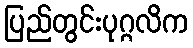
ပြည်တွင်းပုဂ္ဂလိက